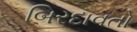
બિરદાવતો